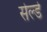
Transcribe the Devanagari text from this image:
सेल्डे